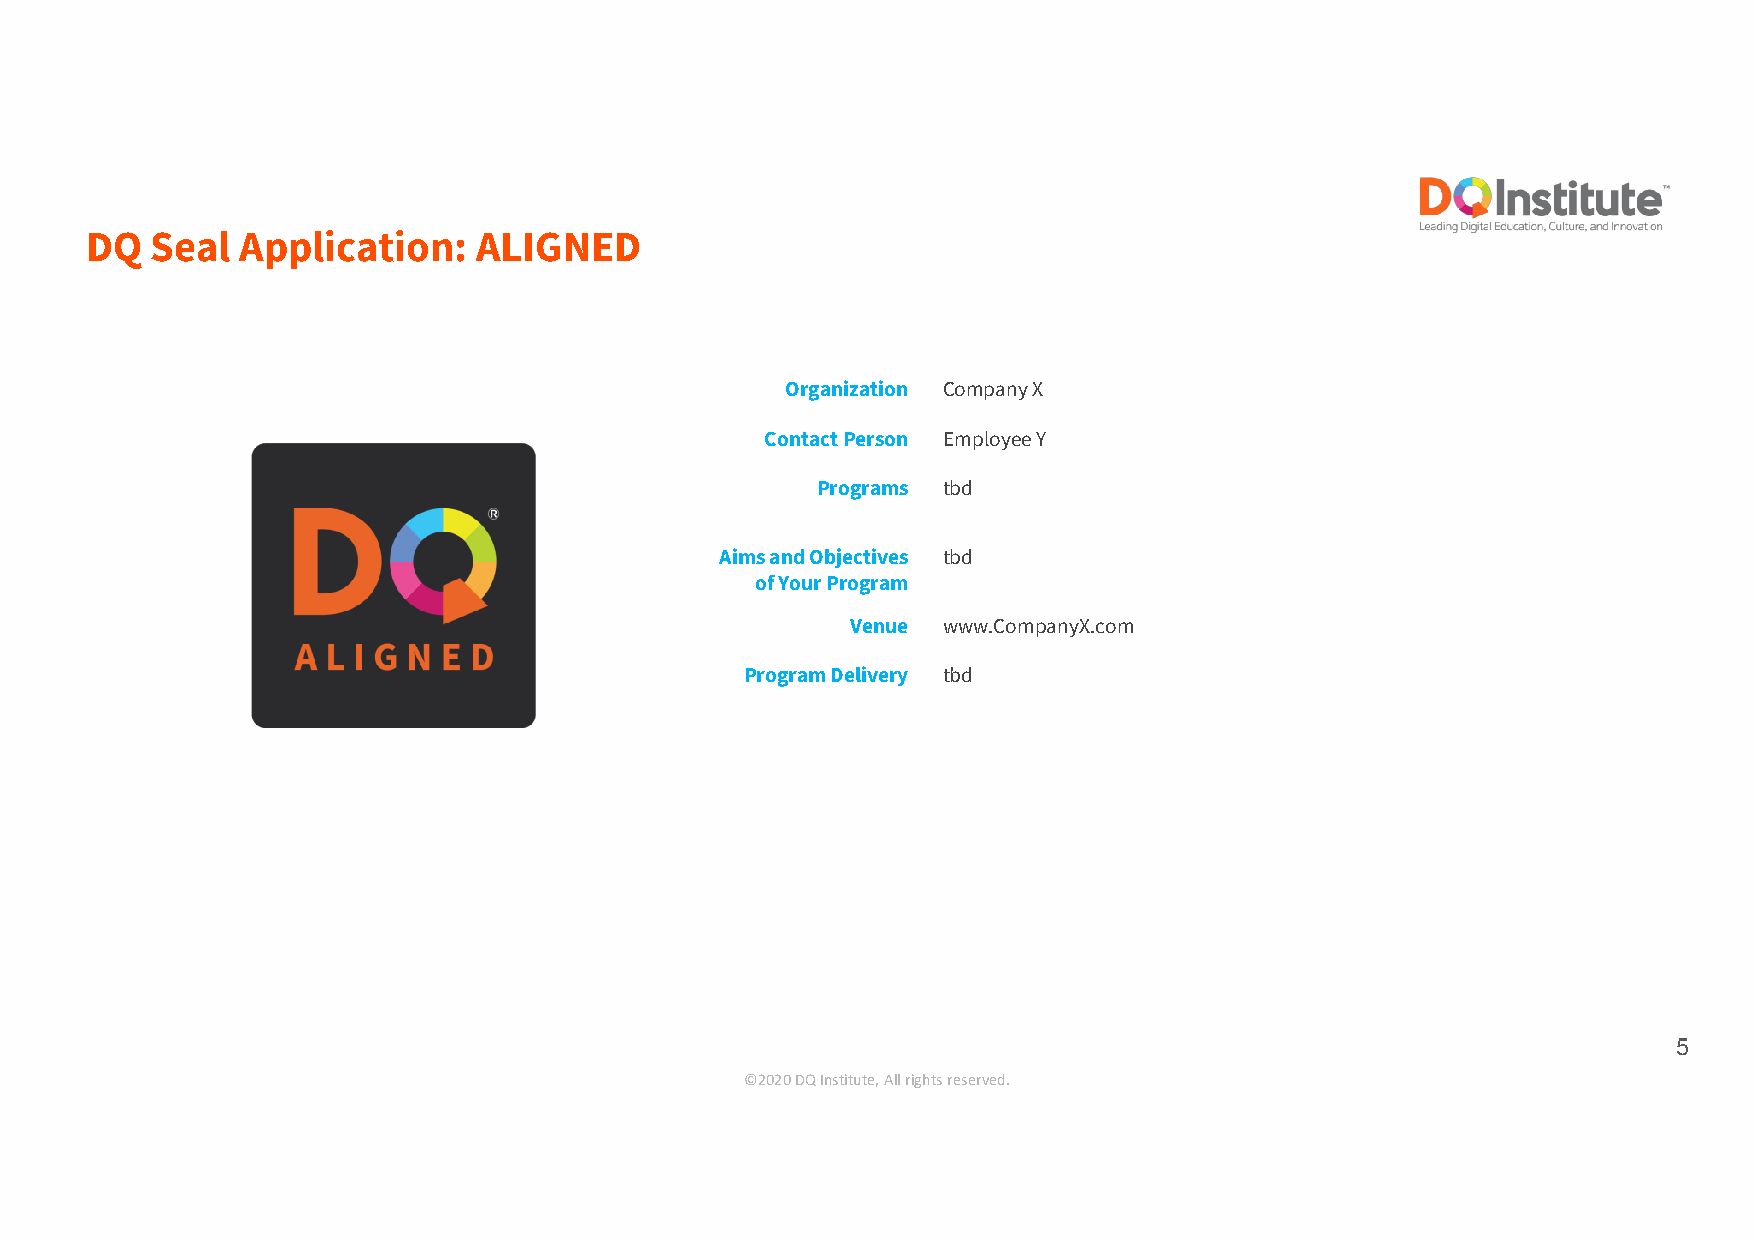
DQ  Seal  Application:    ALIGNED
 Organization Company X
 ContactPerson Employee Y
 Programs tbd
 Aims and Objectives tbd
 of Your Program
 Venue www.CompanyX.com
 Program Delivery tbd
 5
 ©2020 DQ Institute, All rights reserved.